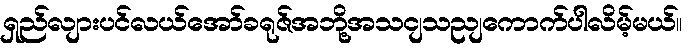
ရှည်လျားပင်လယ်အော်ခရုဇ်အဘို့အသငျသညျကောက်ပါလိမ့်မယ်။